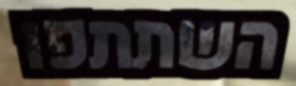
השתתפו